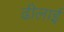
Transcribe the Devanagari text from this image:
ढीलाई